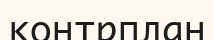
контрплан